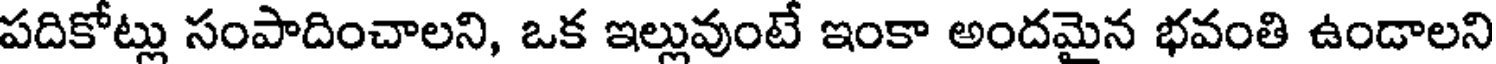
పదికోట్లు సంపాదించాలని, ఒక ఇల్లువుంటే ఇంకా అందమైన భవంతి ఉండాలని